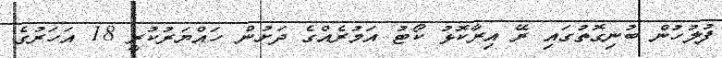
ފުލުހުން ބުނިގޮތުގައި ރޭ އިރާކޮޅު ކޯޓު އަމުރެއްގެ ދަށުން ހައްޔަރުކުރީ 18 އަހަރުގެ